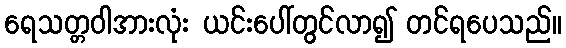
ရေသတ္တဝါအားလုံး ယင်းပေါ်တွင်လာ၍ တင်ရပေသည်။